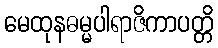
မေထုနဓမ္မပါရာဇိကာပတ္တိ